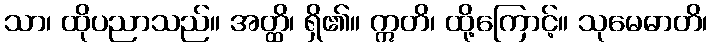
သာ၊ ထိုပညာသည်။ အတ္ထိ၊ ရှိ၏။ ဣတိ၊ ထို့ကြောင့်။ သုမေဓာတိ၊